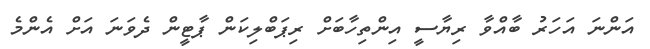
އަންނަ އަހަރު ބާއްވާ ރިޔާސީ އިންތިހާބަށް ރިޕަބްލިކަން ޕާޓީން ދެވަނަ އަށް އެންމެ